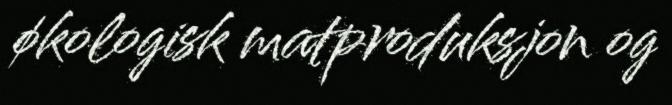
økologisk matproduksjon og